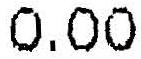
0.00